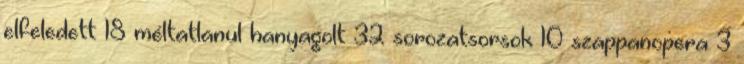
elfeledett 18 méltatlanul hanyagolt 32 sorozatsorsok 10 szappanopera 3